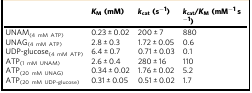
<table><thead><tr><td></td><td><b><i>K</i><sub>M</sub> (mM)</b></td><td><b><i>k</i><sub>cat</sub> (s<sup>−1</sup>)</b></td><td><b><i>k</i><sub>cat</sub>/<i>K</i><sub>M</sub> (mM<sup>−1</sup> s<sup>−1</sup>)</b></td></tr></thead><tbody><tr><td>UNAM<sub>(4 mM ATP)</sub></td><td>0.23 ± 0.02</td><td>200 ± 7</td><td>880</td></tr><tr><td>UNAG<sub>(4 mM ATP)</sub></td><td>2.8 ± 0.3</td><td>1.72 ± 0.05</td><td>0.6</td></tr><tr><td>UDP-glucose<sub>(4 mM ATP)</sub></td><td>6.4 ± 0.7</td><td>0.71 ± 0.03</td><td>0.1</td></tr><tr><td>ATP<sub>(1 mM UNAM)</sub></td><td>2.6 ± 0.4</td><td>280 ± 16</td><td>110</td></tr><tr><td>ATP<sub>(20 mM UNAG)</sub></td><td>0.34 ± 0.02</td><td>1.76 ± 0.02</td><td>5.2</td></tr><tr><td>ATP<sub>(20 mM UDP-glucose)</sub></td><td>0.31 ± 0.05</td><td>0.51 ± 0.02</td><td>1.7</td></tr></tbody></table>